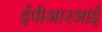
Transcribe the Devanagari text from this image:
ईपीआरआई